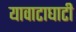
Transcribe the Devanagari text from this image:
यावाटाघाटी